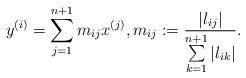
LaTeX: \begin{align*}y^{(i)}= \sum_{j=1}^{n+1} m_{ij} x^{(j)}, m_{ij}:=\frac{\left|l_{ij}\right|}{\sum\limits_{k=1}^{n+1}\left|l_{ik}\right|}.\end{align*}